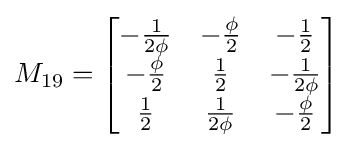
M_{19}={\begin{bmatrix}-{\frac {1}{2\phi }}&-{\frac {\phi }{2}}&-{\frac {1}{2}}\\-{\frac {\phi }{2}}&{\frac {1}{2}}&-{\frac {1}{2\phi }}\\{\frac {1}{2}}&{\frac {1}{2\phi }}&-{\frac {\phi }{2}}\end{bmatrix}}